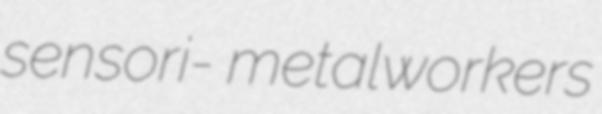
sensori- metalworkers